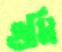
গুমি